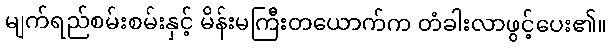
မျက်ရည်စမ်းစမ်းနှင့် မိန်းမကြီးတယောက်က တံခါးလာဖွင့်ပေး၏။